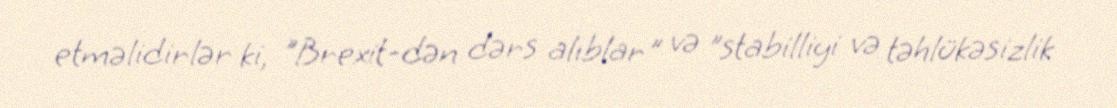
etməlidirlər ki, "Brexit-dən dərs alıblar" və "stabilliyi və təhlükəsizlik